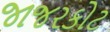
જાજરકોટ